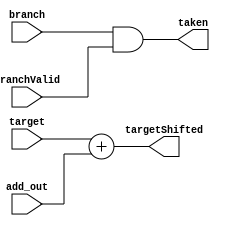
module branch_adder(
	 input branchValid,
	 input branch,     
    input wire [31:0] add_out,
	 input wire [31:0] target,
	 output taken,
    output wire [31:0] targetShifted 
);



assign taken = (branch && branchValid);
assign targetShifted = target + add_out ;





endmodule